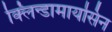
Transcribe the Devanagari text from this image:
क्लिन्डामायसिन